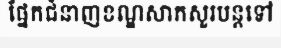
ផ្នែកជំនាញខណ្ឌសាកសួរបន្តទៅ